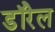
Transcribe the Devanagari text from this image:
डॉरेल